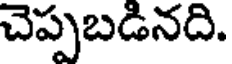
చెప్పబడినది.